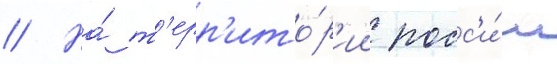
// На́ т'ерр'ито́р'ии росс'и́и